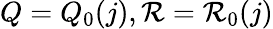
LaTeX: Q=Q_{0}(j),\mathcal{R}=\mathcal{R}_{0}(j)